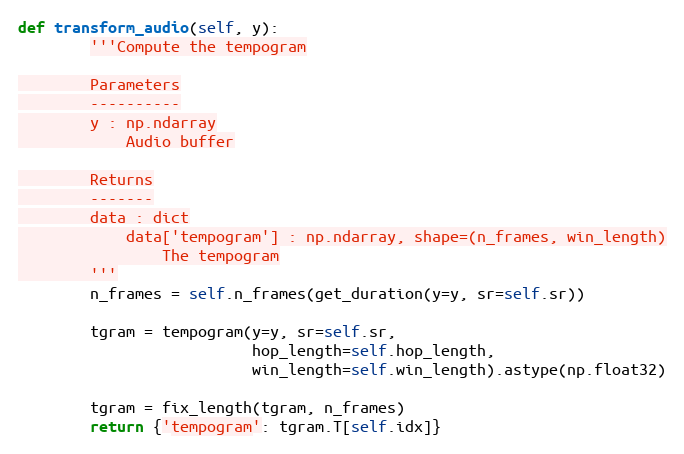
Language: Python
def transform_audio(self, y):
        '''Compute the tempogram

        Parameters
        ----------
        y : np.ndarray
            Audio buffer

        Returns
        -------
        data : dict
            data['tempogram'] : np.ndarray, shape=(n_frames, win_length)
                The tempogram
        '''
        n_frames = self.n_frames(get_duration(y=y, sr=self.sr))

        tgram = tempogram(y=y, sr=self.sr,
                          hop_length=self.hop_length,
                          win_length=self.win_length).astype(np.float32)

        tgram = fix_length(tgram, n_frames)
        return {'tempogram': tgram.T[self.idx]}